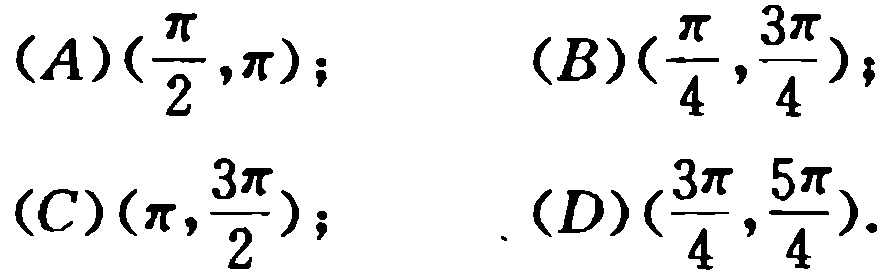
\((A)(\frac{\pi}{2},\pi);\quad (B)(\frac{\pi}{4},\frac{3\pi}{4});\)
\((C)(\pi,\frac{3\pi}{2});\quad (D)(\frac{3\pi}{4},\frac{5\pi}{4}).\)